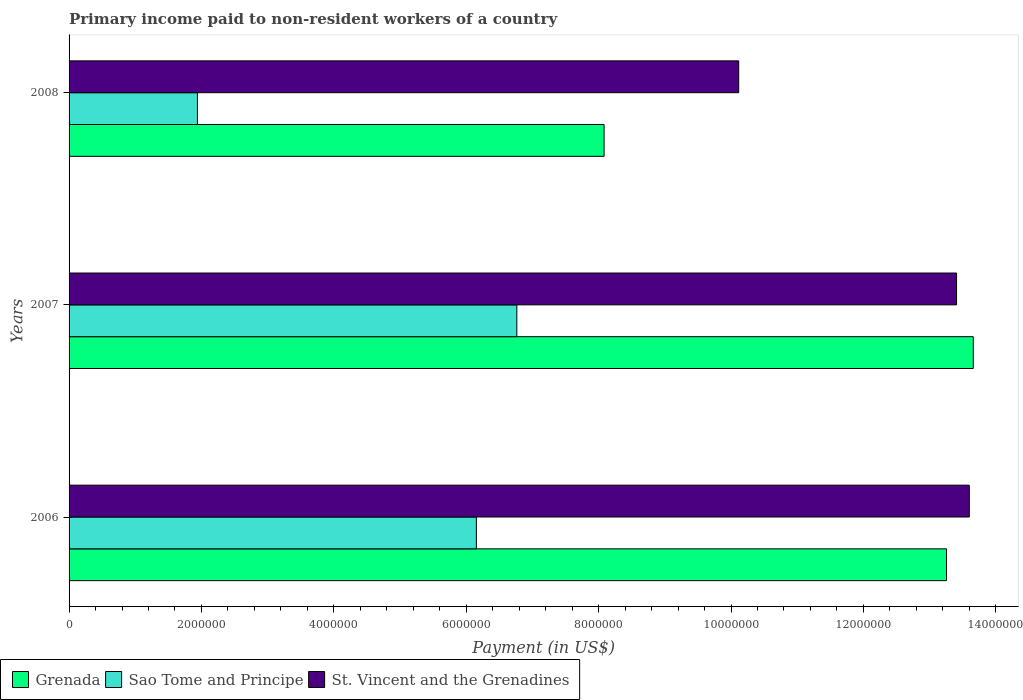
| Years | Grenada | Sao Tome and Principe | St. Vincent and the Grenadines |
 | --- | --- | --- | --- |
 | 2006 | 1.33e+07 | 6.15e+06 | 1.36e+07 |
 | 2007 | 1.37e+07 | 6.76e+06 | 1.34e+07 |
 | 2008 | 8.08e+06 | 1.94e+06 | 1.01e+07 |